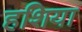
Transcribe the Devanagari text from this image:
हशिया